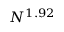
N ^ { 1 . 9 2 }